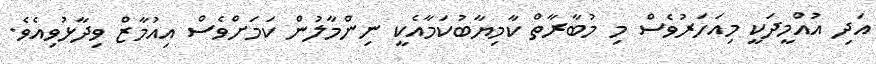
އަދި އުއްމީދަކީ މިއަހަރުވެސް މި މުބާރާތް ކާމިޔާބުކަމާއެކީ ނިންމާލުން ކަމަށްވެސް އިއުމާޒް ވިދާޅުވިއެވެ.